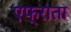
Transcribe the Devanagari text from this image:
एफ्राता